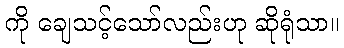
ကို ချေသင့်သော်လည်းဟု ဆိုရုံသာ။